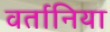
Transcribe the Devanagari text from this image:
वर्तानिया